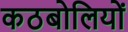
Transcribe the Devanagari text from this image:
कठबोलियों